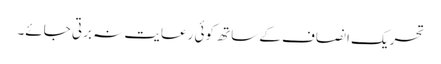
تحریک انصاف کے ساتھ کوئی رعایت نہ برتی جائے۔